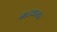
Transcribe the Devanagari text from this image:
नाटकस्तर